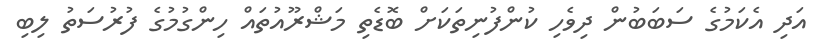
އަދި އެކަމުގެ ސަބަބުން ދިވެހި ކުންފުނިތަކަށް ބޮޑެތި މަޝްރޫއުތައް ހިންގުމުގެ ފުރުސަތު ލިބި